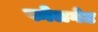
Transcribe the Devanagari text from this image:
फोलगेट